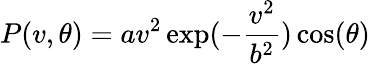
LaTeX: P(v,\theta)=av^{2}\exp(-\frac{v^{2}}{b^{2}})\cos(\theta)